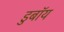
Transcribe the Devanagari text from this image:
डुबॉय